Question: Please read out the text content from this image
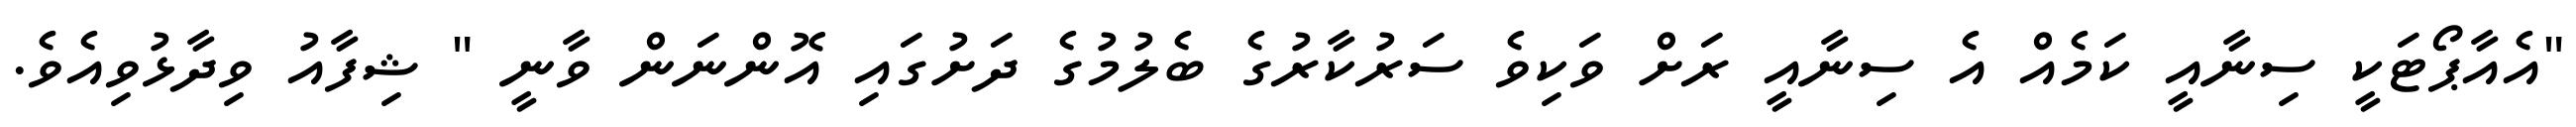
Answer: "އެއާޕޯޓަކީ ސިނާއީ ކަމެއް އެ ސިނާއީ ރަށް ވަކިވެ ސަރުކާރުގެ ބެލުމުގެ ދަށުގައި އޮންނަން ވާނީ " ޝިފާއު ވިދާޅުވިއެވެ.